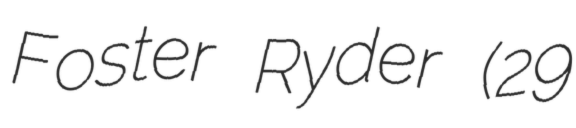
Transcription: Foster Ryder (29